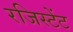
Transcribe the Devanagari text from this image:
रजिस्टेंट